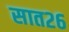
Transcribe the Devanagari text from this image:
सात२६